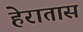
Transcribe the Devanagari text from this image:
हेरातास